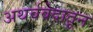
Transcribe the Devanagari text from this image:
अथर्ववेदातून